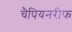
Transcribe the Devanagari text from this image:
चैपियनरीफ